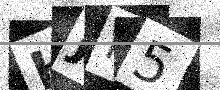
Text: HJH5